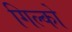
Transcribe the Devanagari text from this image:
गिल्को